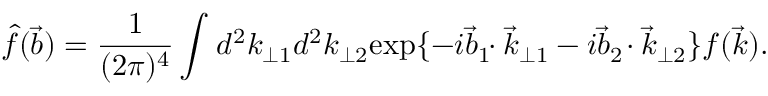
\hat { f } ( \vec { b } ) = \frac { 1 } { ( 2 \pi ) ^ { 4 } } \int _ { } ^ { } d { } ^ { 2 } k _ { \perp 1 } d { } ^ { 2 } k _ { \perp 2 } \mathrm { e x p } \{ - i \vec { b } _ { 1 } \! \! \cdot \vec { k } _ { \perp 1 } - i \vec { b } _ { 2 } \! \cdot \vec { k } _ { \perp 2 } \} f ( \vec { k } ) .